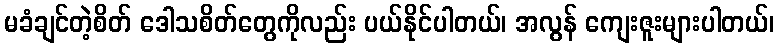
မခံချင်တဲ့စိတ် ဒေါသစိတ်တွေကိုလည်း ပယ်နိုင်ပါတယ်၊ အလွန် ကျေးဇူးများပါတယ်၊